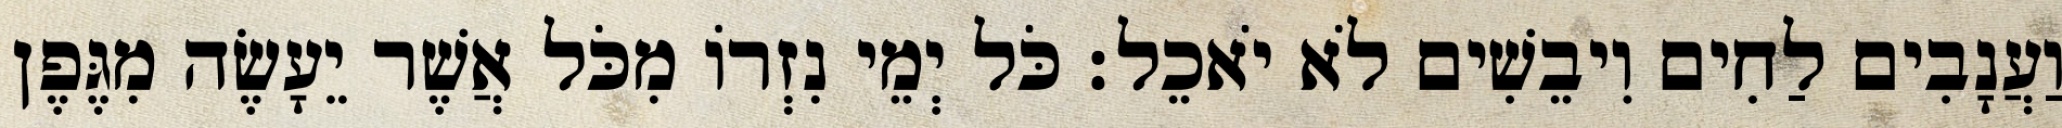
וַעֲנָבִים לַחִים וִיבֵשִׁים לֹא יֹאכֵל׃ כֹּל יְמֵי נִזְרוֹ מִכֹּל אֲשֶׁר יֵעָשֶׂה מִגֶּפֶן